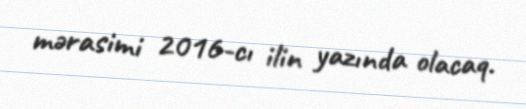
mərasimi 2016-cı ilin yazında olacaq.